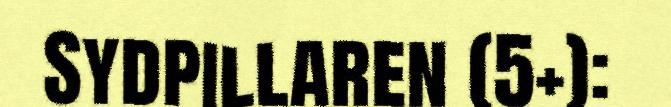
Sydpillaren (5+):